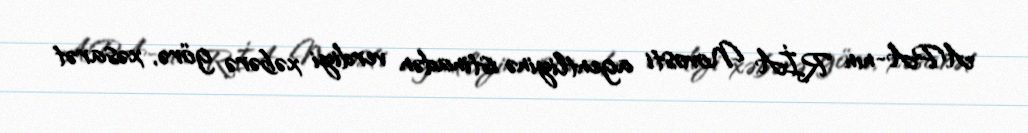
APA-nın RİA Novosti agentliyinə istinadən verdiyi xəbərə görə, xəsarət